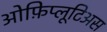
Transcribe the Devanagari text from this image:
ओफ़िप्लूटिअस